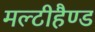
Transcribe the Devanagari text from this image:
मल्टीहैण्ड